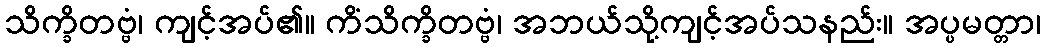
သိက္ခိတဗ္ဗံ၊ ကျင့်အပ်၏။ ကိံသိက္ခိတဗ္ဗံ၊ အဘယ်သို့ကျင့်အပ်သနည်း။ အပ္ပမတ္တာ၊